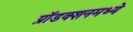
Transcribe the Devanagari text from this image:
प्रॉडक्शनमध्ये